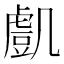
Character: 𧇔